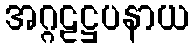
အဂ္ဂဠဋ္ဌပနာယ